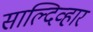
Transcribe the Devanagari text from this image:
साल्दिव्हार